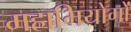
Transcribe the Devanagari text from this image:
महाभियोगों